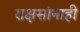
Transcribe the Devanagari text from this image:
राक्षसांनाही